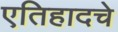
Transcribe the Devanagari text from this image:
एतिहादचे